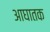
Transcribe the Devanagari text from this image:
आघातक